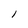
Character: 1